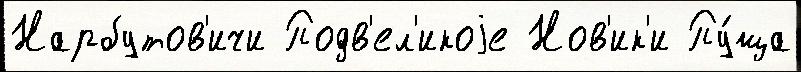
Нарбутов'ичи Подв'ел'икоjе Нов'ик'и Пу́ща